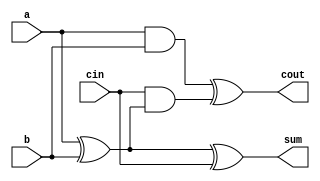
module full_adder(a, b, cin, sum, cout);
    input a, b, cin;
    output sum, cout;

    assign sum = a ^ b ^ cin;
    assign cout = (a & b) ^ (cin & (a ^ b));
endmodule 

module adder_n(A, B, cin, Sum, cout);
    parameter BITS=32;
    input [0:(BITS-1)] A, B;
    input cin;
    output [0:(BITS-1)] Sum;
    output cout;

    wire [0:(BITS)] carry;

    genvar i;
    generate
        for (i=0; i<BITS; i=i+1) begin: ADDER_LOOP
            full_adder ADDER_i (
                .a(A[i]),
                .b(B[i]),
                .cin(carry[i+1]),
                .sum(Sum[i]),
                .cout(carry[i]));
        end
    endgenerate

    assign cout = carry[0];
    assign carry[BITS] = cin;
endmodule